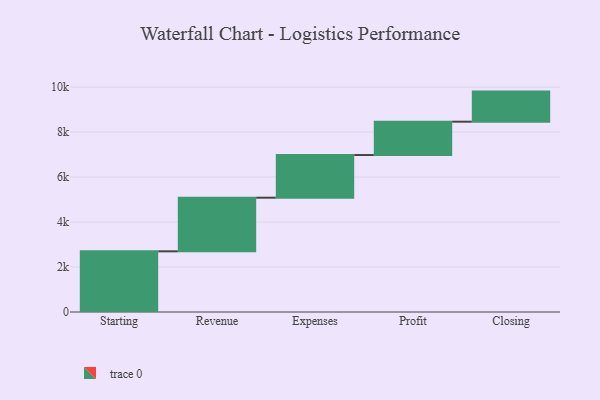
{"axis": {"x": "Step", "y": "Value"}, "legend": [""], "data": [{"x": "Starting", "y": 2698.0, "type": ""}, {"x": "Revenue", "y": 2384.0, "type": ""}, {"x": "Expenses", "y": 1897.0, "type": ""}, {"x": "Profit", "y": 1482.0, "type": ""}, {"x": "Closing", "y": 1338.0, "type": ""}]}